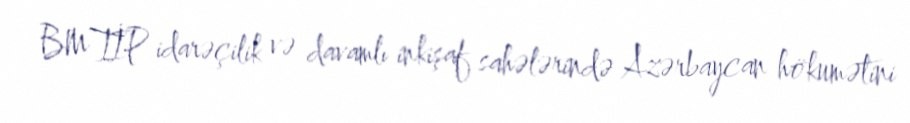
BMTİP idarəçilik və davamlı inkişaf sahələrində Azərbaycan hökumətini